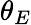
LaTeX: \theta_{E}